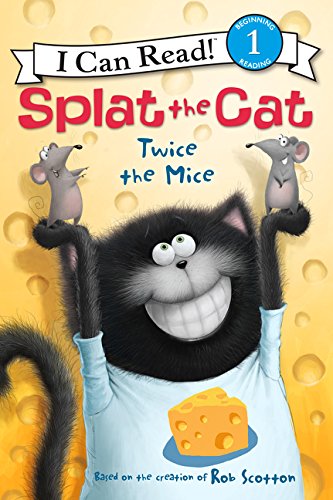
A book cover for Splat the Cat: Twice the Mice (I Can Read Level 1); Rob Scotton; Children's Books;